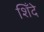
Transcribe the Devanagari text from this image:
शिँदे